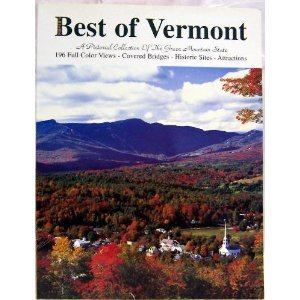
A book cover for Best of Vermont; Alois Mayer; Travel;